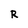
Character: R